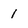
Character: l